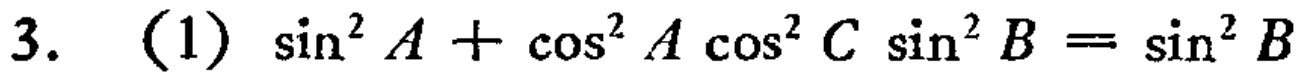
3. (1) \(\sin^{2}A+\cos^{2}A\cos^{2}C\sin^{2}B = \sin^{2}B\)